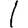
Digit: 1